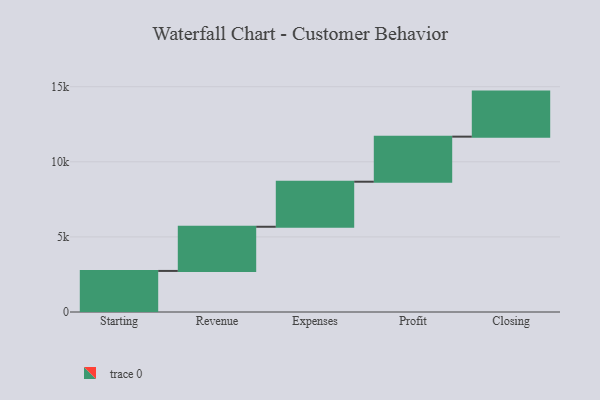
{"axis": {"x": "Step", "y": "Value"}, "legend": [""], "data": [{"x": "Starting", "y": 2735.0, "type": ""}, {"x": "Revenue", "y": 2941.0, "type": ""}, {"x": "Expenses", "y": 3000, "type": ""}, {"x": "Profit", "y": 3000, "type": ""}, {"x": "Closing", "y": 3000, "type": ""}]}